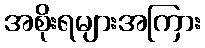
အစိုးရများအကြား